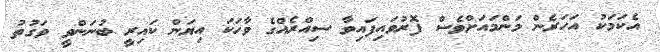
އެކަމަކު އަހަރެން މަންމައަށްވެސް ފޮރުވައިފައިވާ ސިއްރެއްގެ ވާހަކަ އިޔަން ކައިރީ ބުނަންވީ ވަގުތު